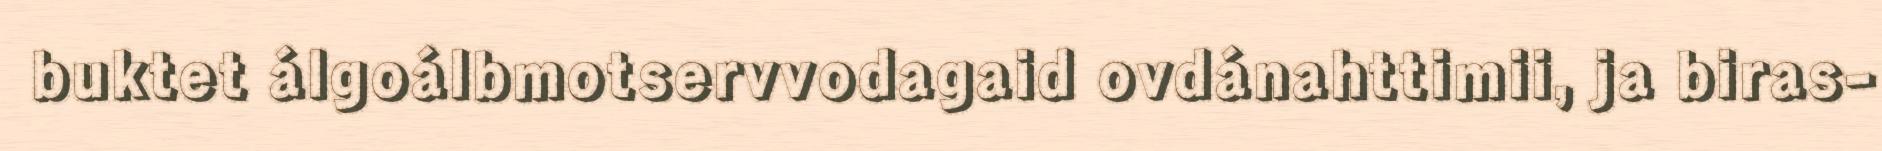
buktet álgoálbmotservvodagaid ovdánahttimii, ja biras-